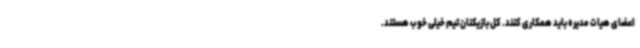
اعضای هیات مدیره باید همکاری کنند. کل بازیکنان تیم خیلی خوب هستند.